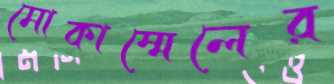
মোকাম্মেলের